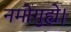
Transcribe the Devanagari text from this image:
नमोगुह्ये।